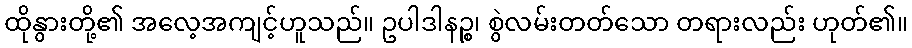
ထိုနွားတို့၏ အလေ့အကျင့်ဟူသည်။ ဥပါဒါနဉ္စ၊ စွဲလမ်းတတ်သော တရားလည်း ဟုတ်၏။